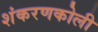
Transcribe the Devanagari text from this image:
शंकरणकोली